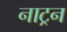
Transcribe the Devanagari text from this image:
नाट्रन